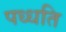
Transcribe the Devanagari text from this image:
पध्धति